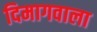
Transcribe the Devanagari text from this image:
दिमागवाला